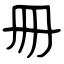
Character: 冊